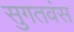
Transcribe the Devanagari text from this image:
सुगतवंस